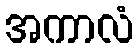
အကာလံ